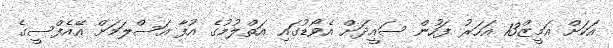
އަކަށް އަމީޒް13 އަހަރު ފަހުން ސައީދަށް އެވޯޑުގައި އަތްލުމުގެ އުފާ އަސްލަމަށް އޭއެފްސީގެ